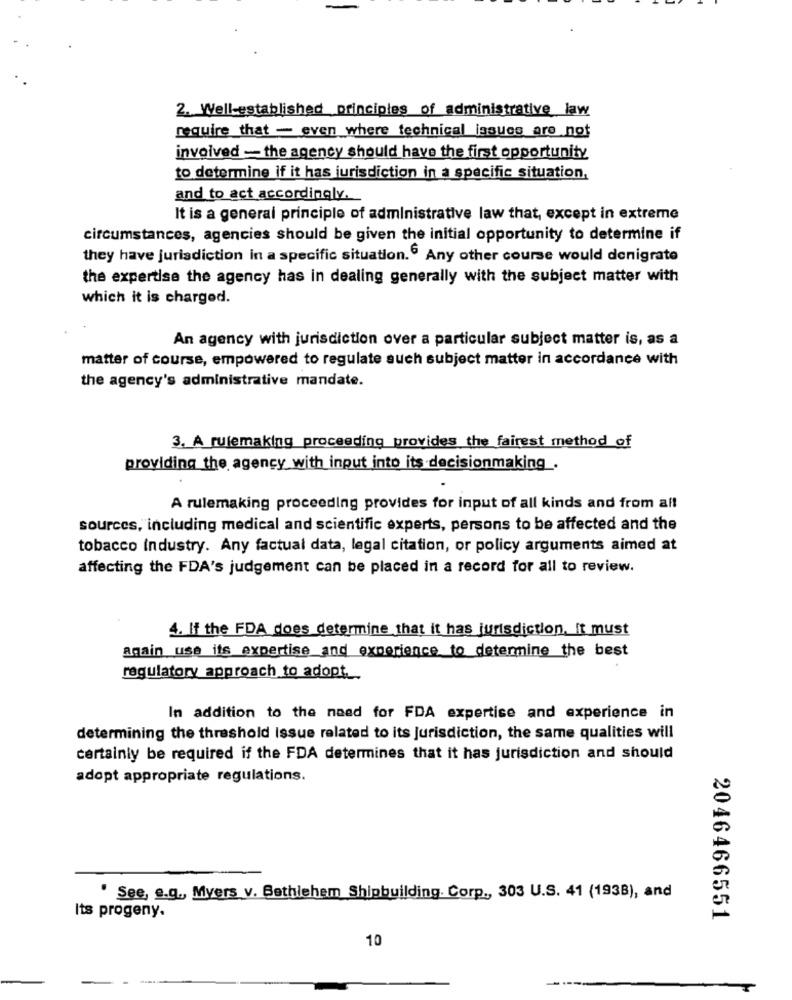
2. Well-established principles of administrative law
require that - even where technical issues are not
involved - the agency should have the first opportunity
to determine if it has jurisdiction in a specific situation,
and to act accordingly.
It is a general principle of administrative law that, except in extreme
circumstances, agencies should be given the initial opportunity to determine if
they have jurisdiction in a specific situation. Any other course would denigrate
the expertise the agency has in dealing generally with the subject matter with
which it is charged.
An agency with jurisdiction over a particular subject matter is, as a
matter of course, empowered to regulate auch subject matter in accordance with
the agency's administrative mandate.
3. A rulemaking proceeding provides the fairest method of
providing the agency with input into its decisionmaking.
A rulemaking proceeding provides for input of all kinds and from all
sources, including medical and scientific experts, persons to be affected and the
tobacco Industry. Any factual data, legal citation, or policy arguments aimed at
affecting the FDA's judgement can be placed in a record for all to review.
4. If the FDA does determine that it has jurisdiction, it must
Again use its expertise and experience to determine the best
regulatory approach to adopt.
In addition to the need for FDA expertise and experience in
determining the threshold Issue related to its Jurisdiction, the same qualities will
certainly be required if the FDA determines that it has jurisdiction and should
adopt appropriate regulations.
' See, e.g ., Myers v. Bethlehem Shipbuilding. Corp ., 303 U.S. 41 (1938), and
Its progeny.
2046466551
10